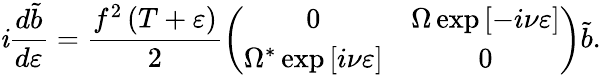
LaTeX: \mathit{i}\frac{{d\tilde{{b}}}}{{d\varepsilon}}=\frac{{f^{2}\left(T+\varepsilon\right)}}{{2}}\left(\begin{array}{cc}{0}&{\Omega\exp\left[-i\nu\varepsilon\right]}\\ {\Omega^{\ast}\exp\left[i\nu\varepsilon\right]}&{0}\end{array}\right)\tilde{{b}}.